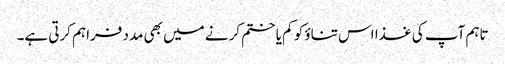
تاہم آپ کی غذا اس تناؤ کو کم یا ختم کرنے میں بھی مدد فراہم کرتی ہے۔